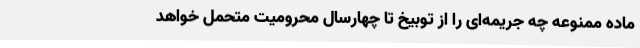
ماده ممنوعه چه جریمه‌ای را از توبیخ تا چهارسال محرومیت متحمل خواهد